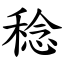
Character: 稔